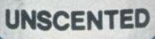
UNSCENTED